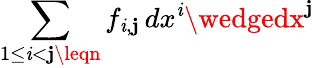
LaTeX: \sum_{1\leq\mathit{i}<\mathbf{j}\leqn}f_{\mathit{i},\mathbf{j}}\, dx^{\mathit{i}}\wedgedx^{\mathbf{j}}